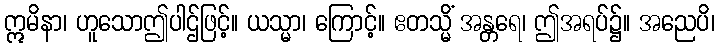
ဣမိနာ၊ ဟူသောဤပါဌ်ဖြင့်။ ယသ္မာ၊ ကြောင့်။ ဧတသ္မိံ အန္တရေ၊ ဤအရပ်၌။ အညေပိ၊